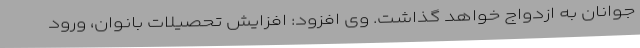
جوانان به ازدواج خواهد گذاشت. وی افزود: افزایش تحصیلات بانوان، ورود